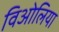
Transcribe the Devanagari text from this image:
विओलिया